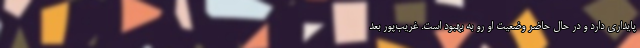
پایداری دارد و در حال حاضر وضعیت او رو به بهبود است. غریب‌پور بعد